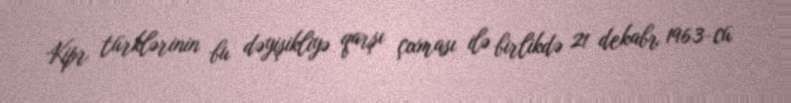
Kipr türklərinin bu dəyişikliyə qarşı çıxması ilə birlikdə 21 dekabr 1963-cü